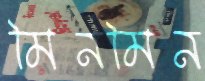
মিনমিন